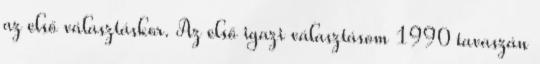
az első választáskor. Az első igazi választásom 1990 tavaszán